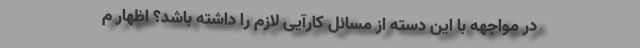
در مواجهه با این دسته از مسائل کارآیی لازم را داشته باشد؟ اظهار م